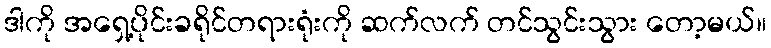
ဒါကို အရှေ့ပိုင်းခရိုင်တရားရုံးကို ဆက်လက် တင်သွင်းသွား တော့မယ်။